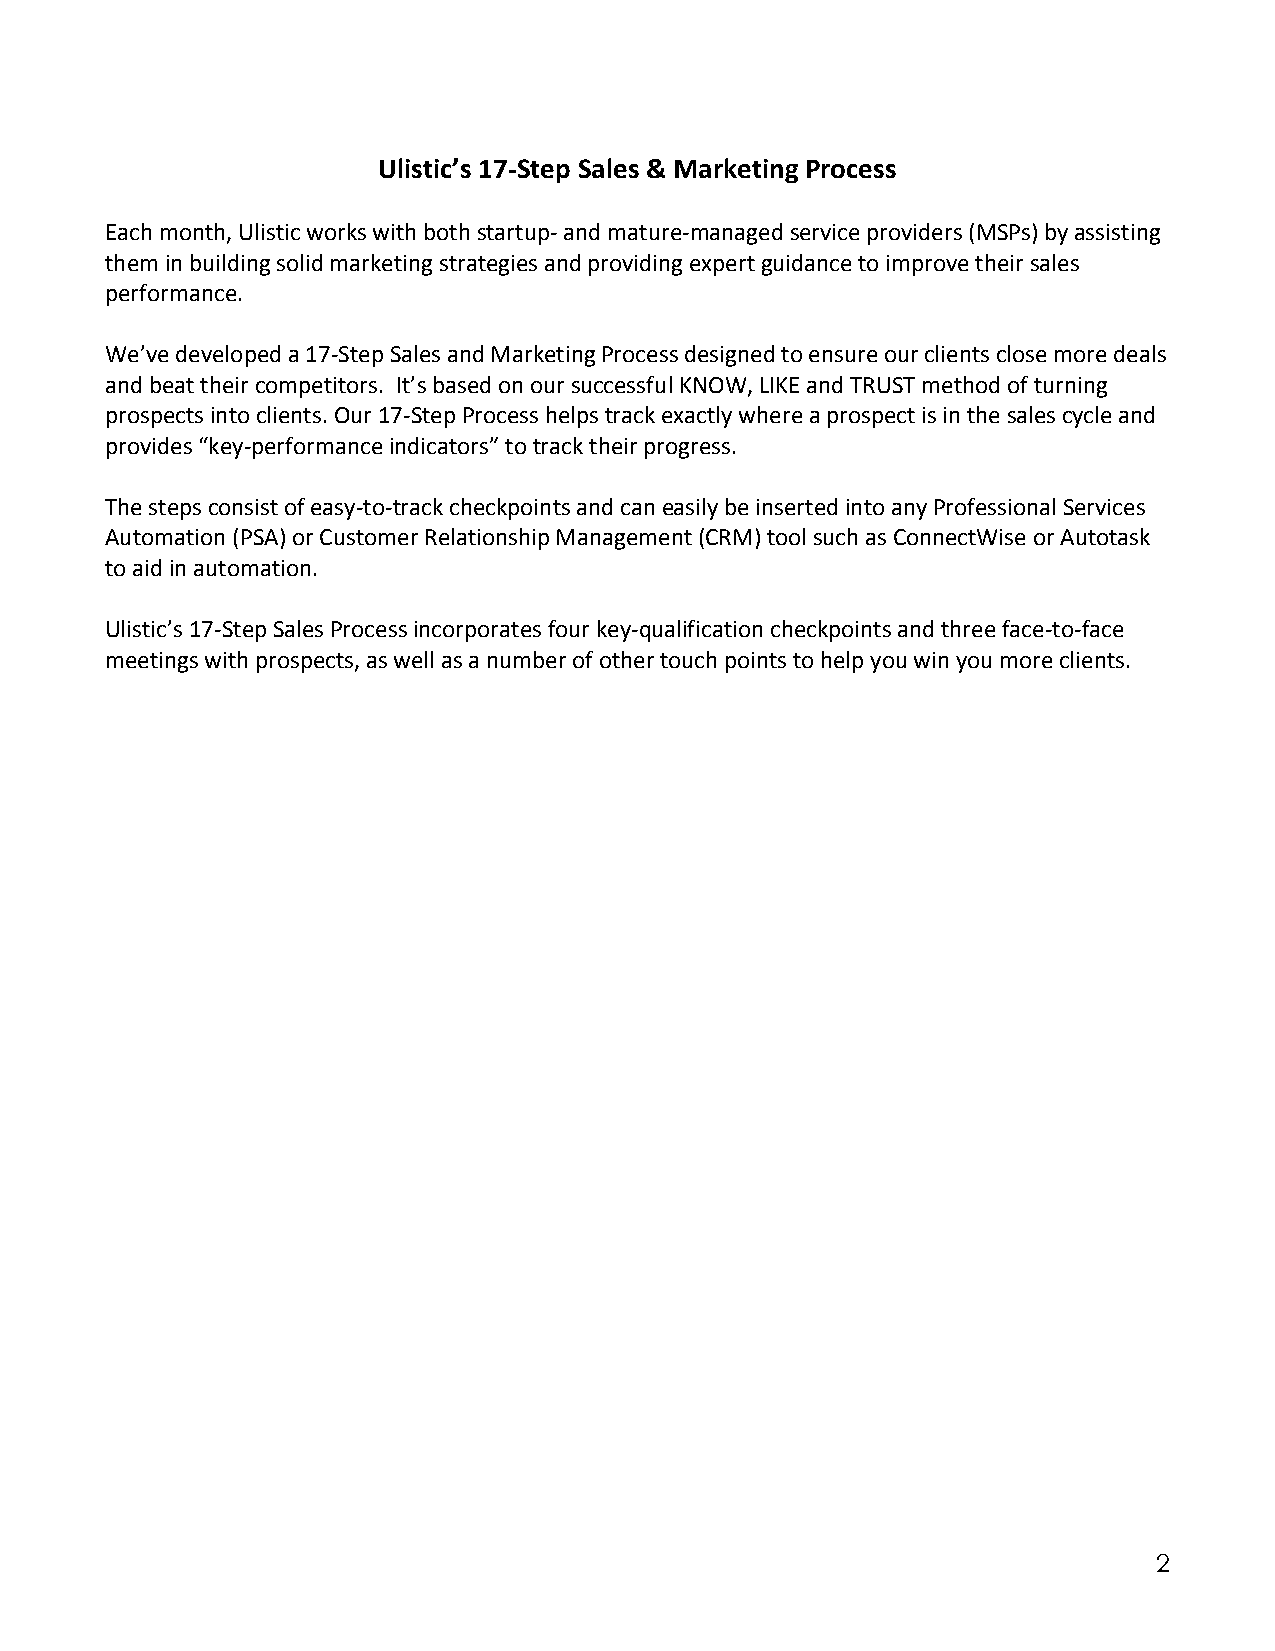
Ulistic’s 17‐Step Sales & Marketing Process
 Each month, Ulistic works with both startup‐ and mature‐managed service providers (MSPs) by assisting
 them in building solid marketing strategies and providing expert guidance to improve their sales
 performance.
 We’ve developed a 17‐Step Sales and Marketing Process designed to ensure our clients close more deals
 and beat their competitors. It’s based on our successful KNOW, LIKE and TRUST method of turning
 prospects into clients. Our 17‐Step Process helps track exactly where a prospect is in the sales cycle and
 provides “key‐performance indicators” to track their progress.
 The steps consist of easy‐to‐track checkpoints and can easily be inserted into any Professional Services
 Automation (PSA) or Customer Relationship Management (CRM) tool such as ConnectWise or Autotask
 to aid in automation.
 Ulistic’s 17‐Step Sales Process incorporates four key‐qualification checkpoints and three face‐to‐face
 meetings with prospects, as well as a number of other touch points to help you win you more clients.
 2